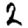
Digit: 2